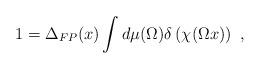
LaTeX: \begin{align*}1 = \Delta_{FP}(x)\int d\mu(\Omega) \delta\left(\chi(\Omega x)\right)\ ,\end{align*}